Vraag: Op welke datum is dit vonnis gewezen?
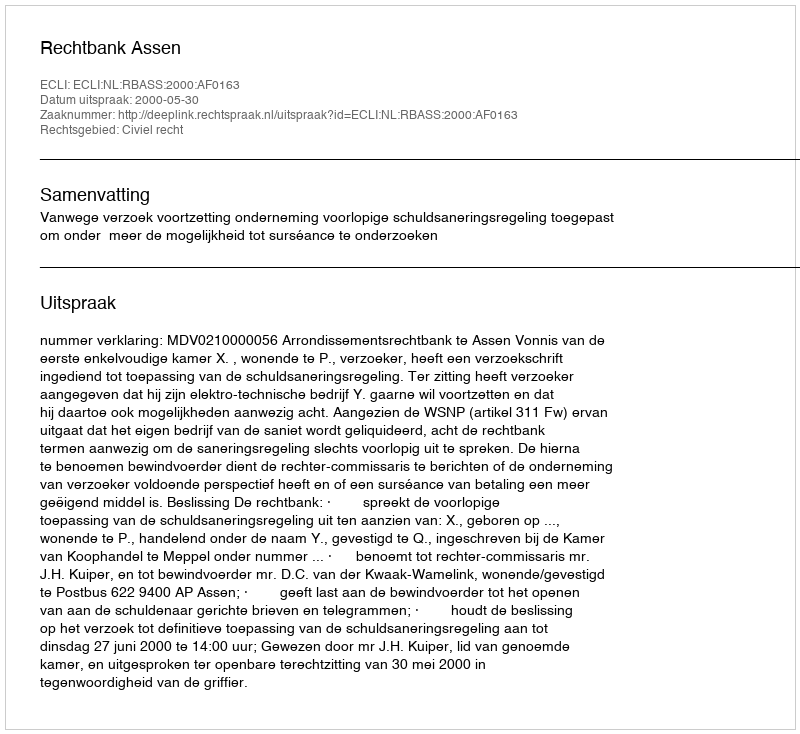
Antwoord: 2000-05-30